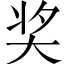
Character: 奖